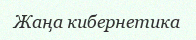
Жаңа кибернетика